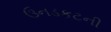
ઉનડકટની